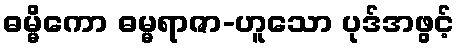
ဓမ္မိကော ဓမ္မရာဇာ-ဟူသော ပုဒ်အဖွင့်